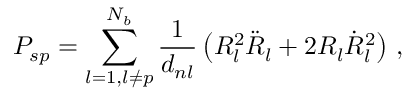
P _ { s p } = \sum _ { l = 1 , l \neq p } ^ { N _ { b } } \frac { 1 } { d _ { n l } } \left( R _ { l } ^ { 2 } \ddot { R } _ { l } + 2 R _ { l } { \dot { R } _ { l } } ^ { 2 } \right) \, ,